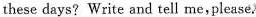
these days? Write and tell meplease